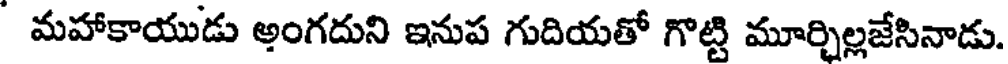
మహాకాయుడు అంగదుని ఇనుప గుదియతో గొట్టి మూర్చిల్లజేసినాడు.